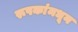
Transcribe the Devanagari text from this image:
रूपकांमधून